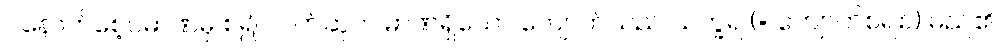
ပဲနောက်စေ့ပမာဏမှ စ၍ လက်ဆုပ်ပမာဏရှိသော ကျောက်သည် သက္ခရ (= ကျောက်စရစ်) မည်၏၊